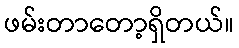
ဖမ်းတာတော့ရှိတယ်။